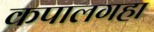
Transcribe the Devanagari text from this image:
कपालगहा